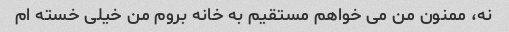
نه، ممنون من می خواهم مستقیم به خانه بروم من خیلی خسته ام